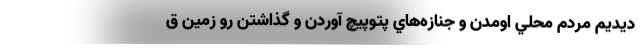
ديديم مردم محلي اومدن و جنازه‌هاي پتوپيچ آوردن و گذاشتن رو زمين ق